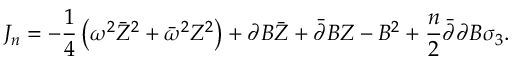
J _ { n } = - \frac 1 4 \left( \omega ^ { 2 } \bar { Z } ^ { 2 } + \bar { \omega } ^ { 2 } Z ^ { 2 } \right) + \partial B \bar { Z } + \bar { \partial } B Z - B ^ { 2 } + \frac n 2 \bar { \partial } \partial B \sigma _ { 3 } .